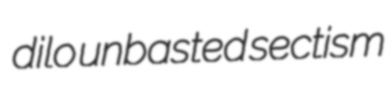
dilo unbasted sectism